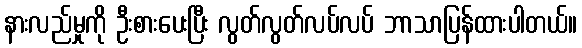
နားလည်မှုကို ဦးစားပေးပြီး လွတ်လွတ်လပ်လပ် ဘာသာပြန်ထားပါတယ်။